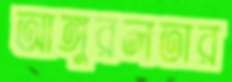
আঙ্গুরলতার